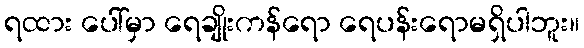
ရထား ပေါ်မှာ ရေချိုးကန်ရော ရေပန်းရောမရှိပါဘူး။